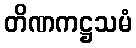
တိဏကဋ္ဌသမံ